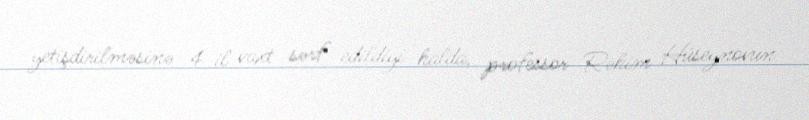
yetişdirilməsinə 4 il vaxt sərf edildiyi halda, professor Rəhim Hüseynovun